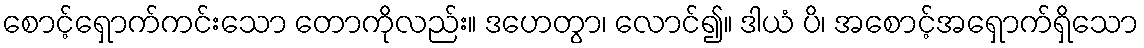
စောင့်ရှောက်ကင်းသော တောကိုလည်း။ ဒဟေတွာ၊ လောင်၍။ ဒါယံ ပိ၊ အစောင့်အရှောက်ရှိသော